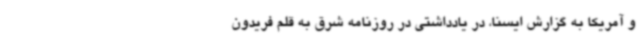
و آمریکا به گزارش ایسنا، در یادداشتی در روزنامه شرق به قلم فریدون